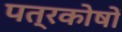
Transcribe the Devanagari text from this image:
पत्रकोषों